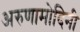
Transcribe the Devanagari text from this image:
अरुणामोदिनी